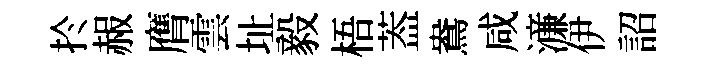
扵赧膺雲址毅梧葢鴦咸濓伊詔